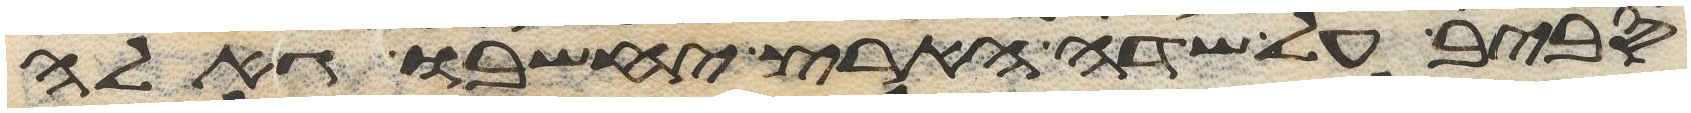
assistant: סביב על שדה הארץ יחשבו גאלה